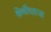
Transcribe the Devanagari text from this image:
श्रेणीधारक